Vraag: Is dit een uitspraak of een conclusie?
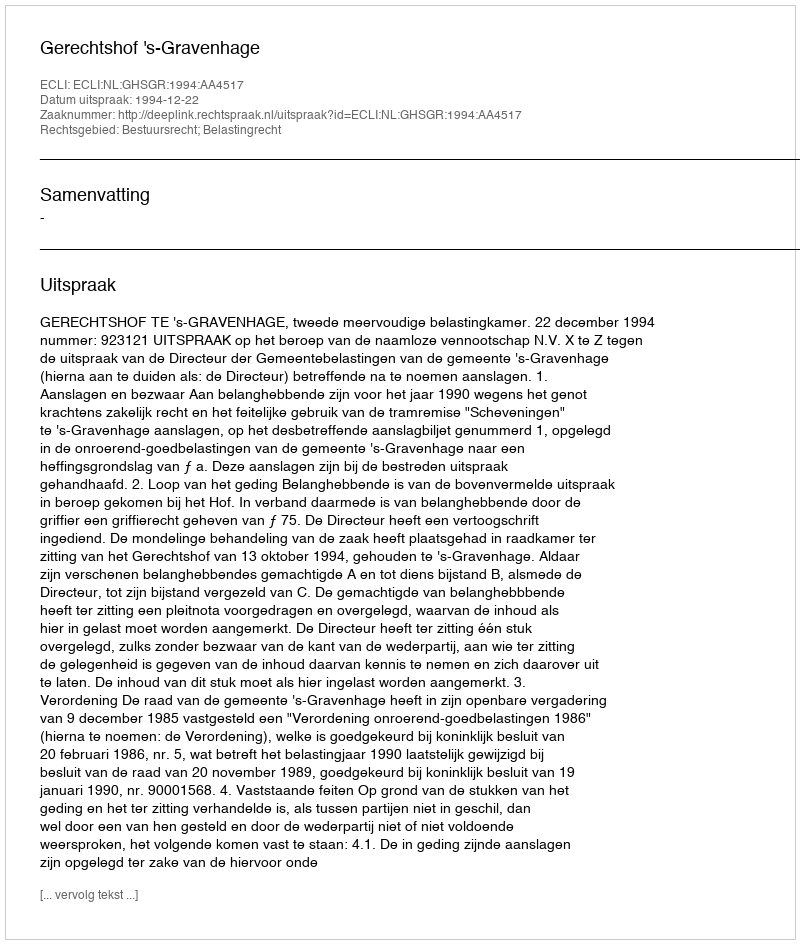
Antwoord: Uitspraak